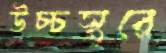
উচ্চস্তরে